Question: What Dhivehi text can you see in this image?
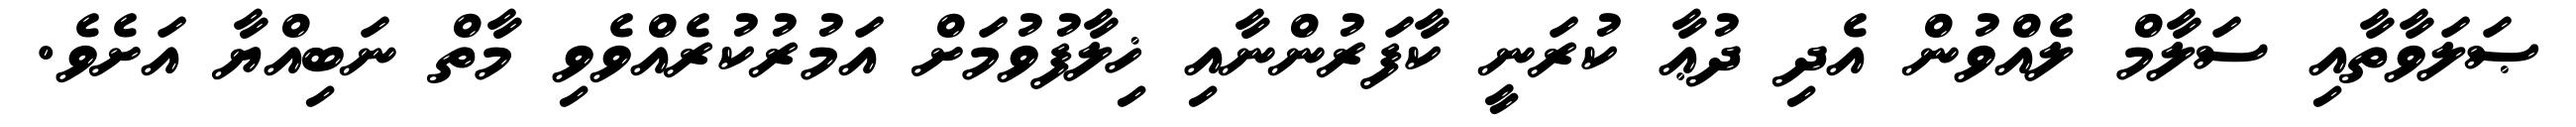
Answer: ޞަލަވާތާއި ސަލާމް ލެއްވުން އެދި ދުޢާ ކުރަނީ ކާފަރުންނާއި ޚިލާފުވުމަށް އަމުރުކުރެއްވެވި މާތް ނަބިއްޔާ އަށެވެ.